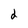
Character: 2